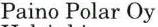
Paino Polar Oy